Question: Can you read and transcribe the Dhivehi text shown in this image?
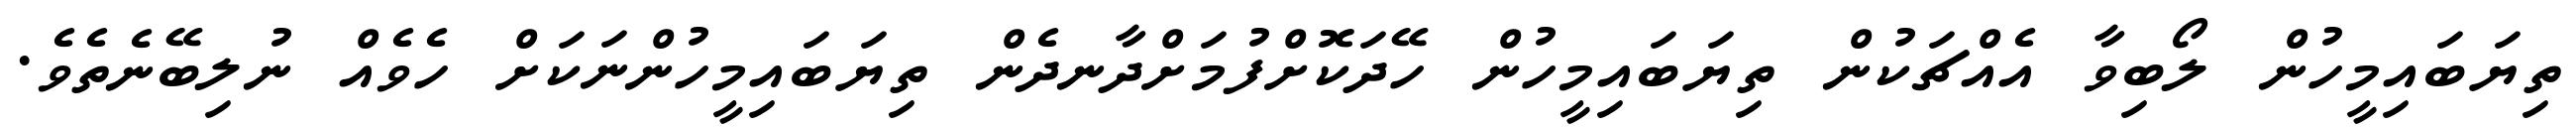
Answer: ތިޔަބައިމީހުން ލޯބިވާ އެއްޗަކުން ތިޔަބައިމީހުން ހޭދަކޮށްފުމަށްދާނދެން ތިޔަބައިމީހުންނަކަށް ހެވެއް ނުލިބޭނެތެވެ.